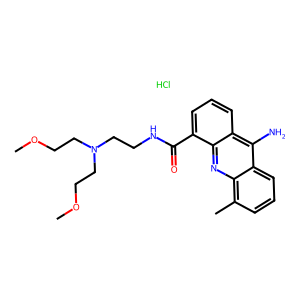
SMILES: COCCN(CCNC(=O)c1cccc2c(N)c3cccc(C)c3nc12)CCOC.Cl
Inhibits HIV replication: No